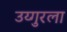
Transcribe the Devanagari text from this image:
उय्गुरला